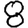
Digit: 8